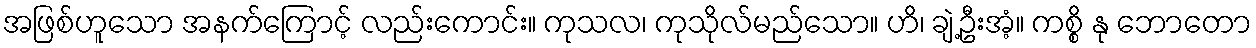
အဖြစ်ဟူသော အနက်ကြောင့် လည်းကောင်း။ ကုသလ၊ ကုသိုလ်မည်သော။ ဟိ၊ ချဲ့ဦးအံ့။ ကစ္စိ နု ဘောတော